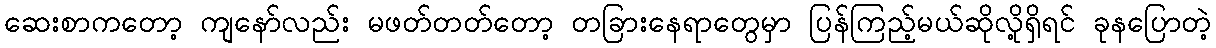
ဆေးစာကတော့ ကျနော်လည်း မဖတ်တတ်တော့ တခြားနေရာတွေမှာ ပြန်ကြည့်မယ်ဆိုလို့ရှိရင် ခုနပြောတဲ့